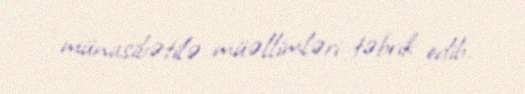
münasibətilə müəllimləri təbrik edib.